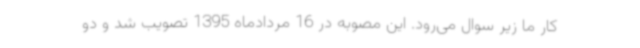
کار ما زیر سوال می‌رود. این مصوبه در 16 مردادماه 1395 تصویب شد و دو